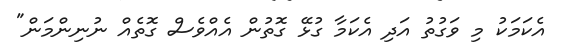
އެކަމަކު މި ވަގުތު އަދި އެކަމާ ގުޅޭ ގޮތުން އެއްވެސް ގޮތެއް ނުނިންމަން"